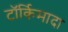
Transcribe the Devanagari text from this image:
टॉर्किमादा